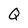
Character: Q